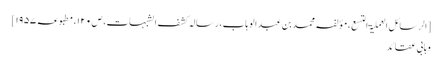
[الرسائل العملیۃ التسع، مؤلفہ محمد بن عبد الوہاب، رسالہ کشف الشبہات، ص۱۲۰، مطبوعہ ۱۹۵۷]
وہابی عقائد